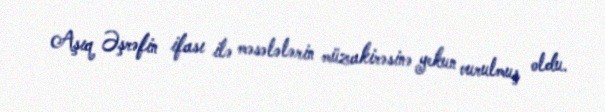
Aşıq Əşrəfin ifası ilə məsələlərin müzakirəsinə yekun vurulmuş oldu.